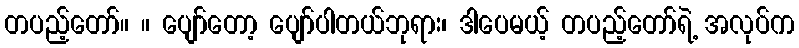
တပည့်တော်။ ။ ပျော်တော့ ပျော်ပါတယ်ဘုရား၊ ဒါပေမယ့် တပည့်တော်ရဲ့ အလုပ်က